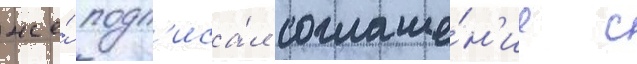
же́ подп'иса́л соглаше́н'ие с